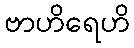
ဗာဟိရေဟိ